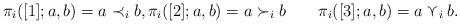
\begin{align*}\pi_i ([1]; a, b) = a \prec_i b, \pi_i ([2]; a, b) = a \succ_i b ~~~ ~~~ \pi_i ([3]; a, b ) = a \curlyvee_i b.\end{align*}